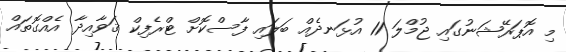
މި އޮޕަރޭޝަނުގައި ޖުމްލަ 11 އުޅަނދެއް ބަލައި ފާސްކޮށް ޓްރެފިކް ޤަަވާއިދާ އެއްގޮތައް